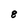
Character: 8